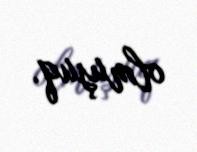
olmuşuq.